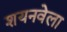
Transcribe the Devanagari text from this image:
शयनवेला